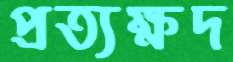
প্রত্যক্ষদ